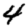
Digit: 4